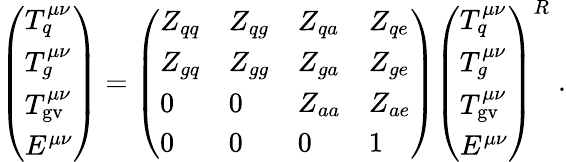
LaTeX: \left(\begin{array}{l}{{T_{q}^{\mu\nu}}}\\ {{T_{g}^{\mu\nu}}}\\ {{T_{\mathrm{gv}}^{\mu\nu}}}\\ {{E^{\mu\nu}}}\end{array}\right)=\left(\begin{array}{llll}{{Z_{qq}}}&{{Z_{qg}}}&{{Z_{qa}}}&{{Z_{qe}}}\\ {{Z_{gq}}}&{{Z_{gg}}}&{{Z_{ga}}}&{{Z_{ge}}}\\ {{0}}&{{0}}&{{Z_{aa}}}&{{Z_{ae}}}\\ {{0}}&{{0}}&{{0}}&{{1}}\end{array}\right)\left(\begin{array}{l}{{T_{q}^{\mu\nu}}}\\ {{T_{g}^{\mu\nu}}}\\ {{T_{\mathrm{gv}}^{\mu\nu}}}\\ {{E^{\mu\nu}}}\end{array}\right)^{R}\; .